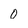
Character: 0